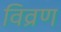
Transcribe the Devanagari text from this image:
विव्रण